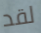
لقد